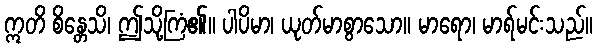
ဣတိ စိန္တေသိ၊ ဤသို့ကြံ၏။ ပါပိမာ၊ ယုတ်မာစွာသော။ မာရော၊ မာရ်မင်းသည်။